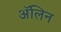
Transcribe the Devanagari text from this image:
ॲलिन